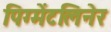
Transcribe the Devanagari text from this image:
पिग्मेंटलिनेर